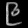
Digit: ၉